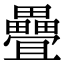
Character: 疊